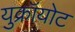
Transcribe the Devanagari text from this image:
युक्रॉयोट